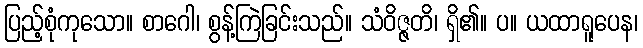
ပြည့်စုံကုသော။ စာဂေါ၊ စွန့်ကြဲခြင်းသည်။ သံဝိဇ္ဇတိ၊ ရှိ၏။ ပ။ ယထာရူပေန၊